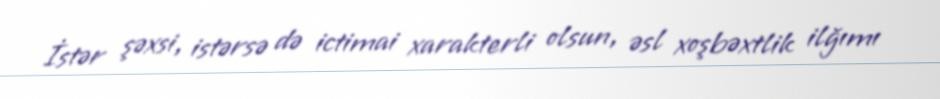
İstər şəxsi, istərsə də ictimai xarakterli olsun, əsl xoşbəxtlik ilğımı